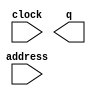
module rom_botao (
	address,
	clock,
	q);

	input	[6:0]  address;
	input	  clock;
	output	[20:0]  q;
`ifndef ALTERA_RESERVED_QIS
// synopsys translate_off
`endif
	tri1	  clock;
`ifndef ALTERA_RESERVED_QIS
// synopsys translate_on
`endif

endmodule